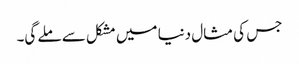
جس کی مثال دنیا میں مشکل سے ملے گی۔